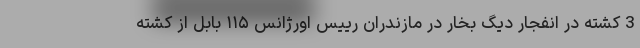
3 کشته در انفجار دیگ بخار در مازندران رییس اورژانس ۱۱۵ بابل از کشته